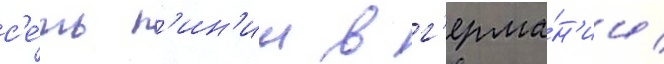
с'е́ть л'ин'ии в г'ерма́н'ии